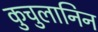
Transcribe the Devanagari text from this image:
कुचुलानिन